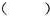
( )